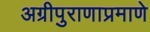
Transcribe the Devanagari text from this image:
अग्रीपुराणाप्रमाणे